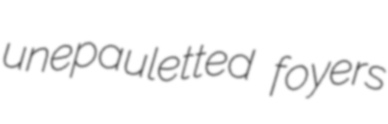
unepauletted foyers